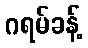
ဂရမ်ခန့်